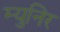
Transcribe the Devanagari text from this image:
म्युनिर